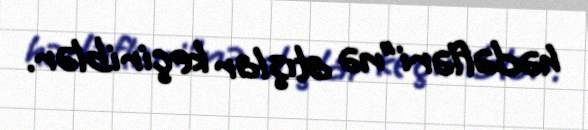
hədəfləri"nə atışlar keçiriblər.